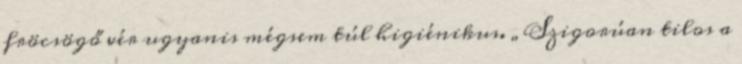
fröcsögő vér ugyanis mégsem túl higiénikus. „Szigorúan tilos a